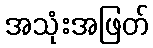
အသုံးအဖြတ်